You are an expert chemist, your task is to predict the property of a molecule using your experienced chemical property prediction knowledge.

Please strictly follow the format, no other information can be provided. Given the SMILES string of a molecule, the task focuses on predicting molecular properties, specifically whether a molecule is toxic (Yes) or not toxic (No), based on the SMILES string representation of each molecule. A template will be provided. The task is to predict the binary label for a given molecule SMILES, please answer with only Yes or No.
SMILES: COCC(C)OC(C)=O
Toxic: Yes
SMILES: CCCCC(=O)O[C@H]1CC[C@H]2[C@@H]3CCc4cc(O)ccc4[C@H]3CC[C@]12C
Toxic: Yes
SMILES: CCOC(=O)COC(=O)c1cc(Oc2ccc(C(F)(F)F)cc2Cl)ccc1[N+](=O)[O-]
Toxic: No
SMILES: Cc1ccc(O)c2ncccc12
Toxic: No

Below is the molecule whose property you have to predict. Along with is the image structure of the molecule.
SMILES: C[N+](C)(C)CCCCCC[N+](C)(C)C
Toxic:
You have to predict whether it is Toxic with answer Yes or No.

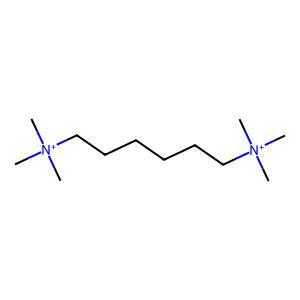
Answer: No